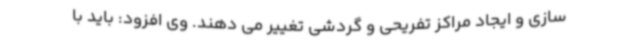
سازی و ایجاد مراکز تفریحی و گردشی تغییر می دهند. وی افزود: باید با